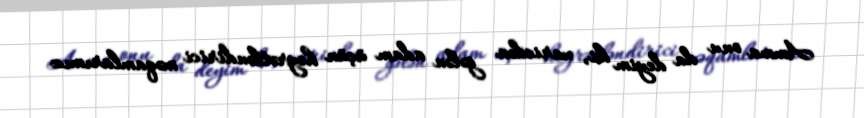
Amma onu da deyim ki, xaricdən gələn adam üçün heyrətləndirici məqamlarımız